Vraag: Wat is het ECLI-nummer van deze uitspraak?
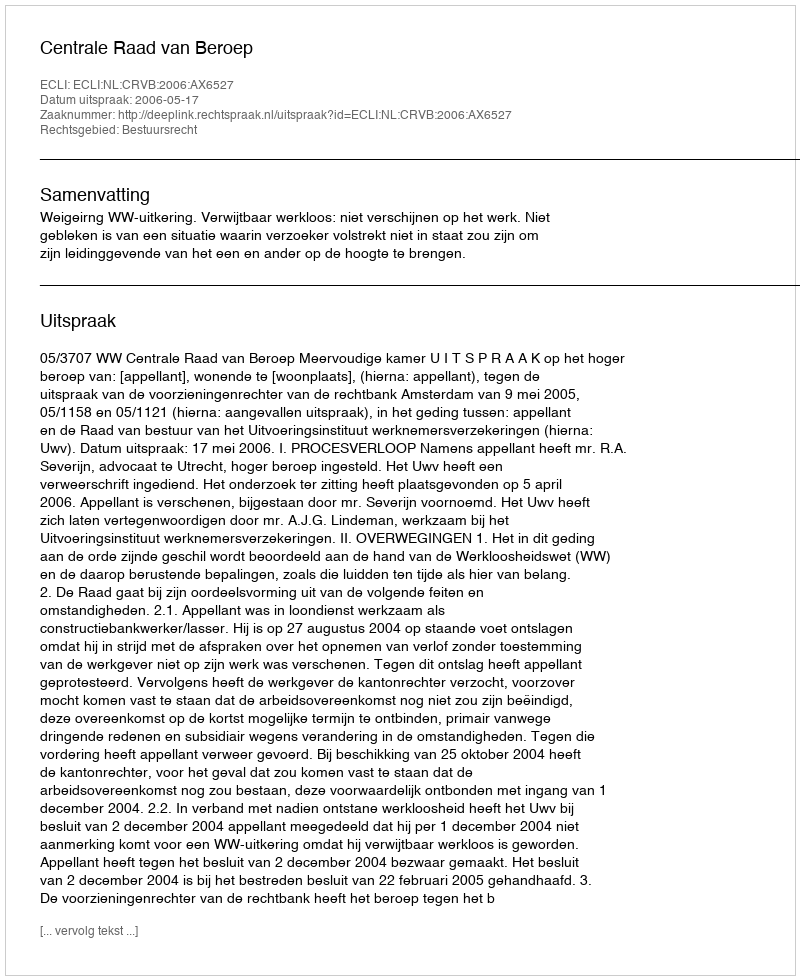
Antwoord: ECLI:NL:CRVB:2006:AX6527